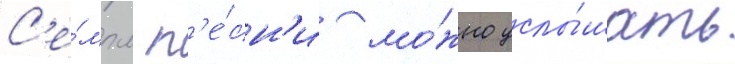
С'е́мпл п'е́сн'и мо́жно услы́шать